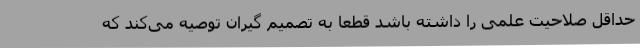
حداقل صلاحیت علمی را داشته باشد قطعا به تصمیم گیران توصیه می‌کند که